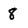
Character: 8